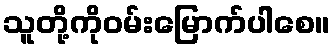
သူတို့ကိုဝမ်းမြောက်ပါစေ။